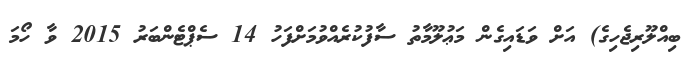
ބިއްލޫރިޖެހިގެ) އަށް ވަޑައިގެން މަޢުލޫމާތު ސާފުކުރެއްވުމަށްފަހު 14 ސެޕްޓެންބަރު 2015 ވާ ހޯމަ